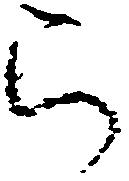
被